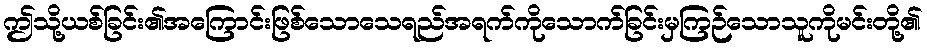
ဤသို့ယစ်ခြင်း၏အကြောင်းဖြစ်သောသေရည်အရက်ကိုသောက်ခြင်းမှကြဉ်သောသူကိုမင်းတို့၏